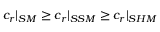
c _ { r } | _ { S M } \geq c _ { r } | _ { S S M } \geq c _ { r } | _ { S H M }